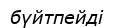
бүйтпейді